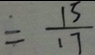
= \frac { 1 5 } { 1 7 }